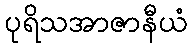
ပုရိသအာဇာနီယံ